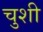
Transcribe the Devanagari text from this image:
चुशी